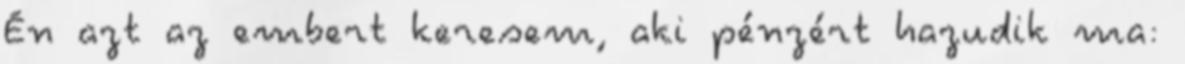
Én azt az embert keresem, aki pénzért hazudik ma: